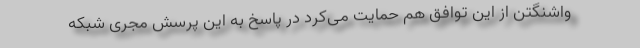
واشنگتن از این توافق هم حمایت می‌کرد در پاسخ به این پرسش مجری شبکه